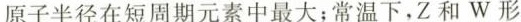
原子半径在短周期元素中最大；常温下，Z和W形